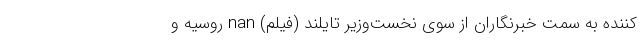
کننده به سمت خبرنگاران از سوی نخست‌وزیر تایلند (فیلم) nan روسیه و